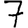
Digit: 7